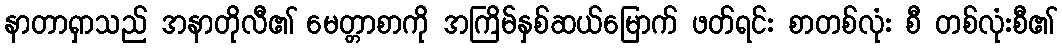
နာတာရှာသည် အနာတိုလီ၏ မေတ္တာစာကို အကြိမ်နှစ်ဆယ်မြောက် ဖတ်ရင်း စာတစ်လုံး စီ တစ်လုံးစီ၏